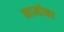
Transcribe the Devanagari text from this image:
नामोका